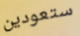
ستعودين